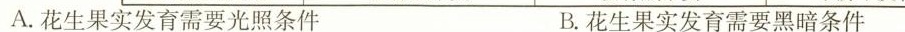
A. 花生果实发育需要光照条件 B. 花生果实发育需要黑暗条件